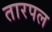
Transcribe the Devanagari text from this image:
तारपल